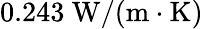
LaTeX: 0.243\mathrm{~W}/(\mathrm{m}\cdot\mathrm{K})